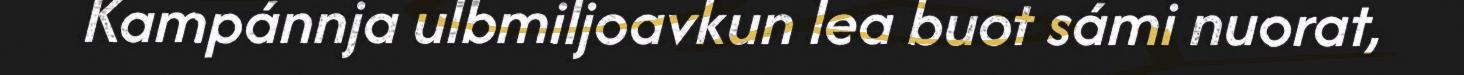
Kampánnja ulbmiljoavkun lea buot sámi nuorat,